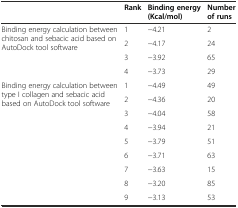
|  | Rank | Binding energy (Kcal/mol) | Number of runs |
 | --- | --- | --- | --- |
 | <ROWSPAN=4> Binding energy calculation between chitosan and sebacic acid based on AutoDock tool software | 1 | -4.21 | 2 |
 | 2 | -4.17 | 24 |
 | 3 | -3.92 | 65 |
 | 4 | -3.73 | 29 |
 | <ROWSPAN=8> Binding energy calculation between type I collagen and sebacic acid based on AutoDock tool software | 1 | -4.49 | 49 |
 | 2 | -4.36 | 20 |
 | 3 | -4.04 | 58 |
 | 4 | -3.94 | 21 |
 | 5 | -3.79 | 51 |
 | 6 | -3.71 | 63 |
 | 7 | -3.63 | 15 |
 | 8 | -3.20 | 85 |
 |  | 9 | -3.13 | 53 |